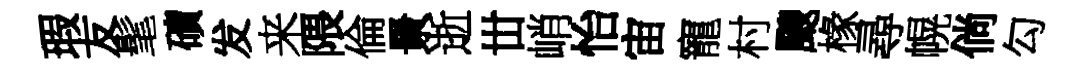
瑕友髦磧发来隈倫㬌逝丗峭怡宙寵村颼椽尋幌倘勾